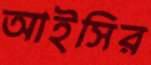
আইসির